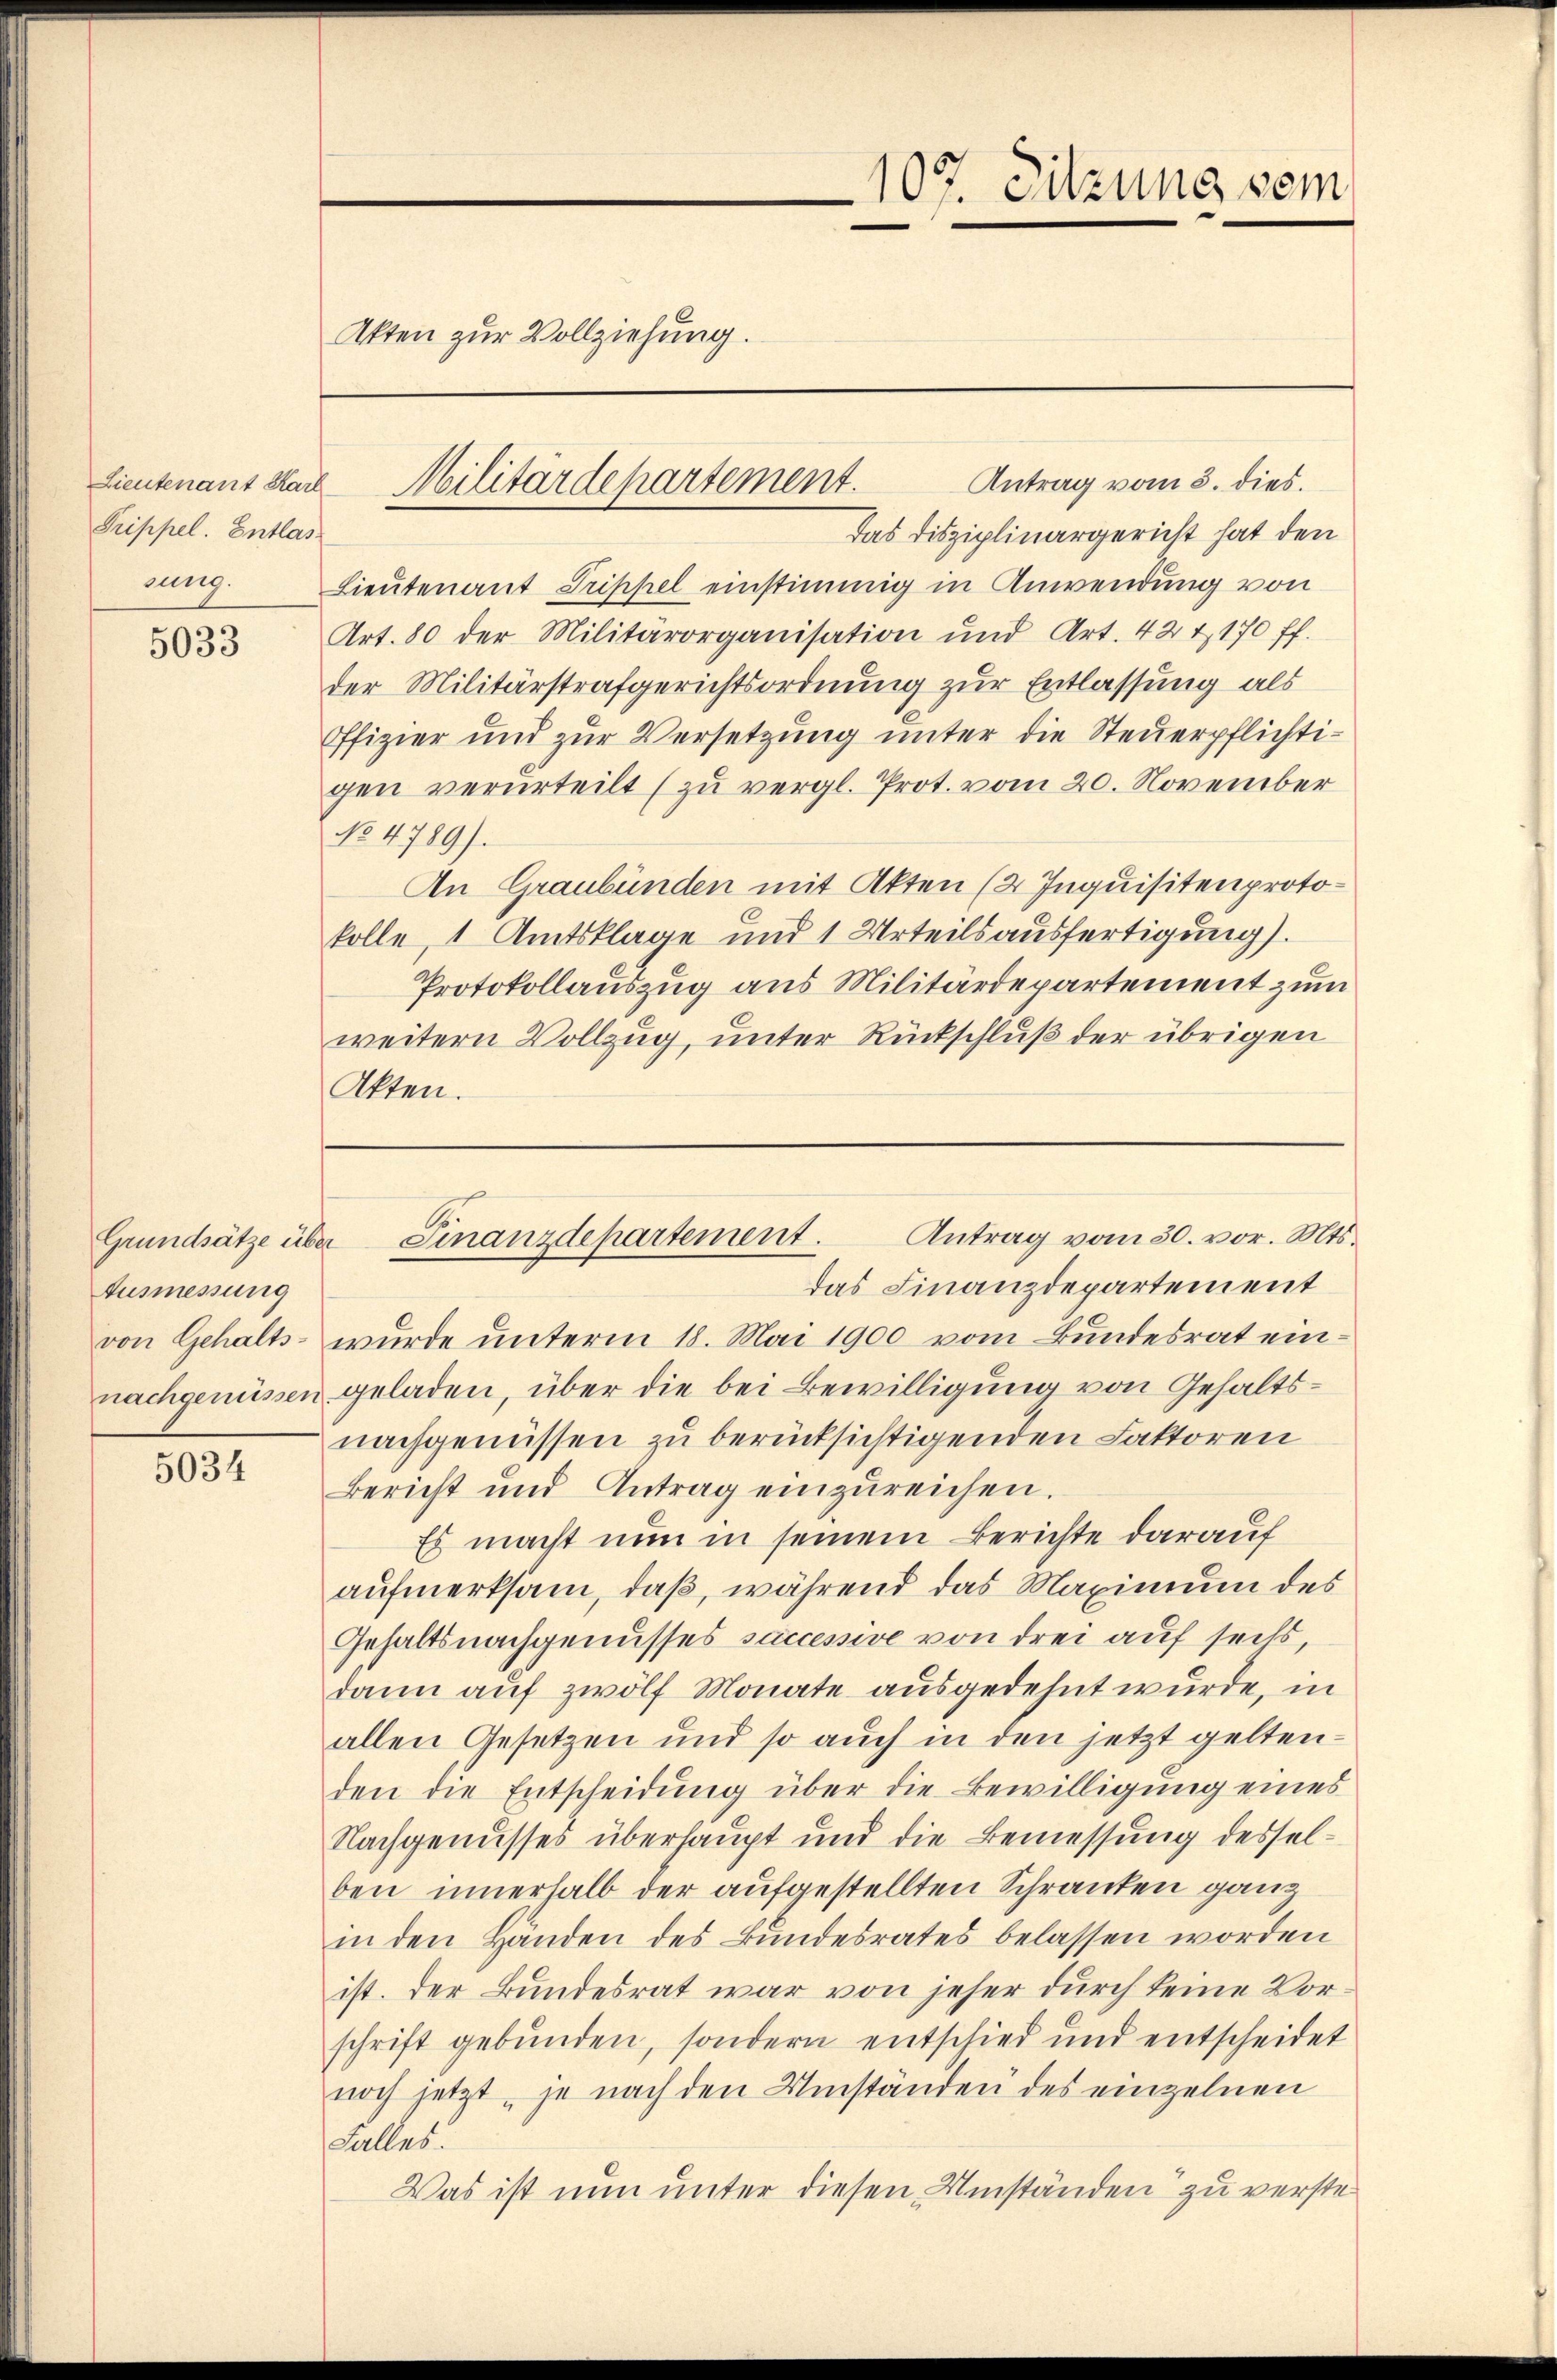
Prippel. Entlas
rung.

5033

Ausmessung
von Gehalts-

5034

Akten zur Vollziehung.

Antrag vom 5. dies
Das Disziplinargericht hat den
Lieutenant Trippel einstimmig in Anwendung von
Art. 80 der Militärorganisation und Art. 424, 170 ff.
der Militärstrafgerichtsordnung zur Entlassung als
Ofizier und zur Versetzung unter die Steuerpflichtigen verurteilt (zu vergl. Prot. vom 20. November
No 4789).
An Graubünden mit Akten (2 Inquisitenprotokolle, 1 Amtsklage und 1 Urteilsausfertigung).
Protokollauszug aus Militärdepartement zum
weitern Vollzug, unter Rückschluß der übrigen
Akten.

Lieutenant Karl Militärdepartement.

107. Sitzung vom

wurde unterm 18. Mai 1900 vom Bundesrat einnachgenüssen geladen, über die bei Bewilligung von Gehaltsnachgenüssen zu berücksichtigenden Faktoren
Bericht und Antrag einzŭreichen.
Es macht nun in seinem Berichte darauf
aufmerksam, daß, während das Maximum des
Gehaltsnachgenusses successive von drei auf seits,
dann auf zwölf Monate ausgedehnt wurde, in
allen Gesetzen und so auch in den jetzt geltenden die Entscheidung über die Bewilligung eines
Nachgenusses überhaupt und die Bemessung desselben innerhalb der aufgestellten Schranken ganz
in den Händen des Bundesrates belassen worden
ist. Der Bundesrat war von jeher durch keine Vorschrift gebunden, sondern entschied und entscheidet
noch jetzt, je nach den Umständen des einzelnen
Falles.
Was ist nun unter diesen Umständen zu verste¬

Antrag vom 30. vor. Mts.
Grundsätze über Finanzdepartement.
das Finanzdepartement